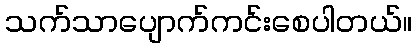
သက်သာပျောက်ကင်းစေပါတယ်။